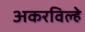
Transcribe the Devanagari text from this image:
अकरविल्हे